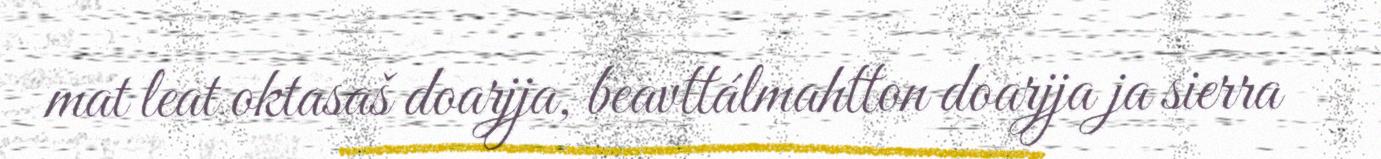
mat leat oktasaš doarjja, beavttálmahtton doarjja ja sierra